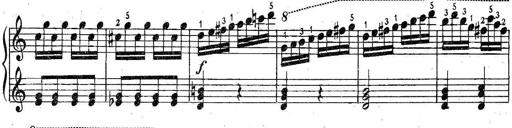
Title: 6 Easy Sonatinas
Composer: Carl Czerny